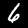
Digit: 6